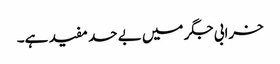
خرابی جگر میں بے حد مفید ہے۔